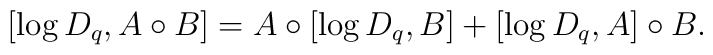
[\log D_q, A\circ B] = A\circ [\log D_q, B] + [\log D_q, A] \circ B .